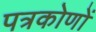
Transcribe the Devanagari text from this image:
पत्रकोणों